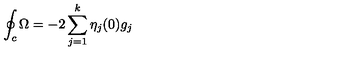
\oint _ { c } \Omega = - 2 \sum _ { j = 1 } ^ { k } \eta _ { j } ( 0 ) g _ { j }